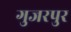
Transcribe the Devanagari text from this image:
गुजरपुर